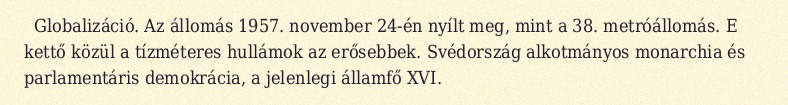
Globalizáció. Az állomás 1957. november 24-én nyílt meg, mint a 38. metróállomás. E kettő közül a tízméteres hullámok az erősebbek. Svédország alkotmányos monarchia és parlamentáris demokrácia, a jelenlegi államfő XVI.